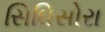
સિઘિસોરા